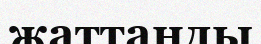
жаттанды